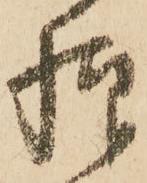
様